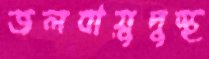
জলবায়ুদুস্থ